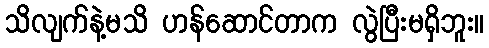
သိလျက်နဲ့မသိ ဟန်ဆောင်တာက လွဲပြီးမရှိဘူး။